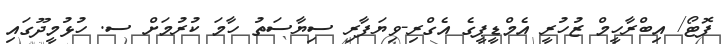
ފޮޓޯ/ އިބްރާހީމް ޒުހުރީ އެމްޑީޕީގެ އެގްރި-ވިޔަފާރި ސިޔާސަތު ހާމަ ކުރުމަށް ސ. ހުޅުމީދޫގައި